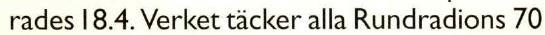
rades 18.4. Verket täcker alla Rundradions 70